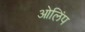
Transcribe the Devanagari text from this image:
ओलिंप